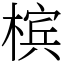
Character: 槟